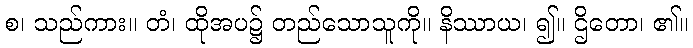
စ၊ သည်ကား။ တံ၊ ထိုအပ၌ တည်သောသူကို။ နိဿာယ၊ ၍။ ဌိတော၊ ၏။